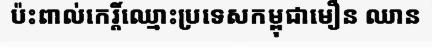
ប៉ះពាល់កេរ្តិ៍ឈ្មោះប្រទេសកម្ពុជាមឿន ឈាន